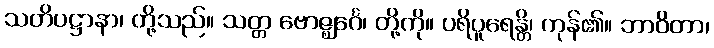
သတိပဋ္ဌာနာ၊ တို့သည်။ သတ္တ ဗောဇ္ဈင်္ဂေ၊ တို့ကို။ ပရိပူရေန္တိ၊ ကုန်၏။ ဘာဝိတာ၊